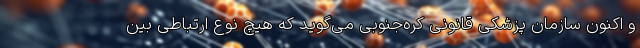
و اکنون سازمان پزشکی قانونی کره‌جنوبی می‌گوید که هیچ نوع ارتباطی بین